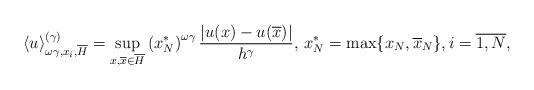
LaTeX: \begin{align*}\left\langle u\right\rangle _{\omega\gamma,x_{i},\overline{H}}^{(\gamma)}=\sup_{x,\overline{x}\in\overline{H}}\left( x_{N}^{\ast}\right)^{\omega\gamma}\frac{|u(x)-u(\overline{x})|}{h^{\gamma}},\,x_{N}^{\ast}=\max\{x_{N},\overline{x}_{N}\},i=\overline{1,N}, \end{align*}